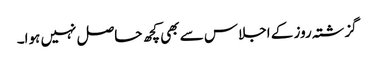
گزشتہ روز کے اجلاس سے بھی کچھ حاصل نہیں ہوا۔